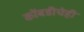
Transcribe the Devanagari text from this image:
कोंबडीचेही